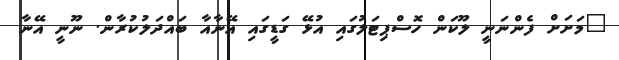
"މަށަށް ފެންނަނީ ލޫކަން ހޮސްޕިޓަލުގައި އުޅޭ ގަޑީގައި އޭނާއާ ބައްދަލުކުރާން. ނޫނީ އޭނާ